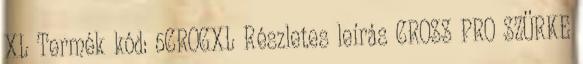
XL Termék kód: 5CROGXL Részletes leírás CROSS PRO SZÜRKE